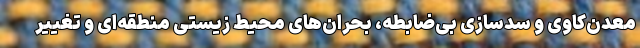
معدن‌کاوی و سدسازی بی‌ضابطه، بحران‌های محیط زیستی منطقه‌ای و تغییر